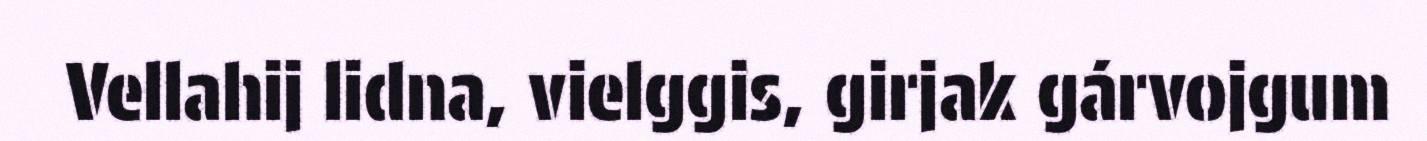
Vellahij lidna, vielggis, girjak gárvojgum